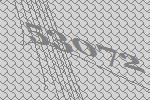
53072